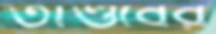
তাণ্ডবের